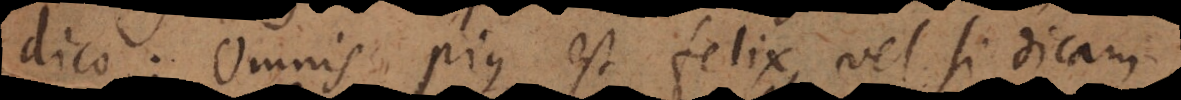
dico: Omnis pius est felix, vel si dicam